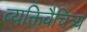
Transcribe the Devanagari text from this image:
व्यक्तिवैचित्र्य